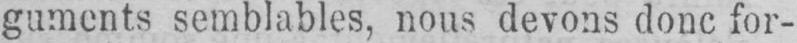
guments semblables, nous devons donc for-